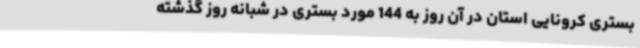
بستری کرونایی استان در آن روز به 144 مورد بستری در شبانه روز گذشته